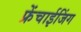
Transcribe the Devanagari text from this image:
फ्रेंचाईजिंग